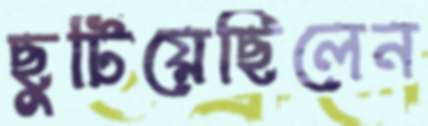
ছুটিয়েছিলেন